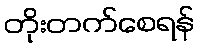
တိုးတက်စေရန်